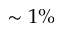
\sim 1 \%